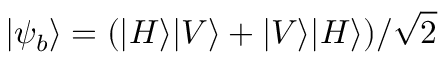
| \psi _ { b } \rangle = ( | H \rangle | V \rangle + | V \rangle | H \rangle ) / \sqrt { 2 }